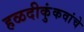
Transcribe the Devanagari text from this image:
हळदीकुंकवांचे